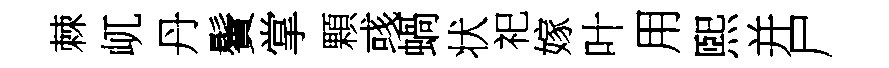
棘屼丹鬢掌顆彧蝸状祀嫁叶用煕并尸